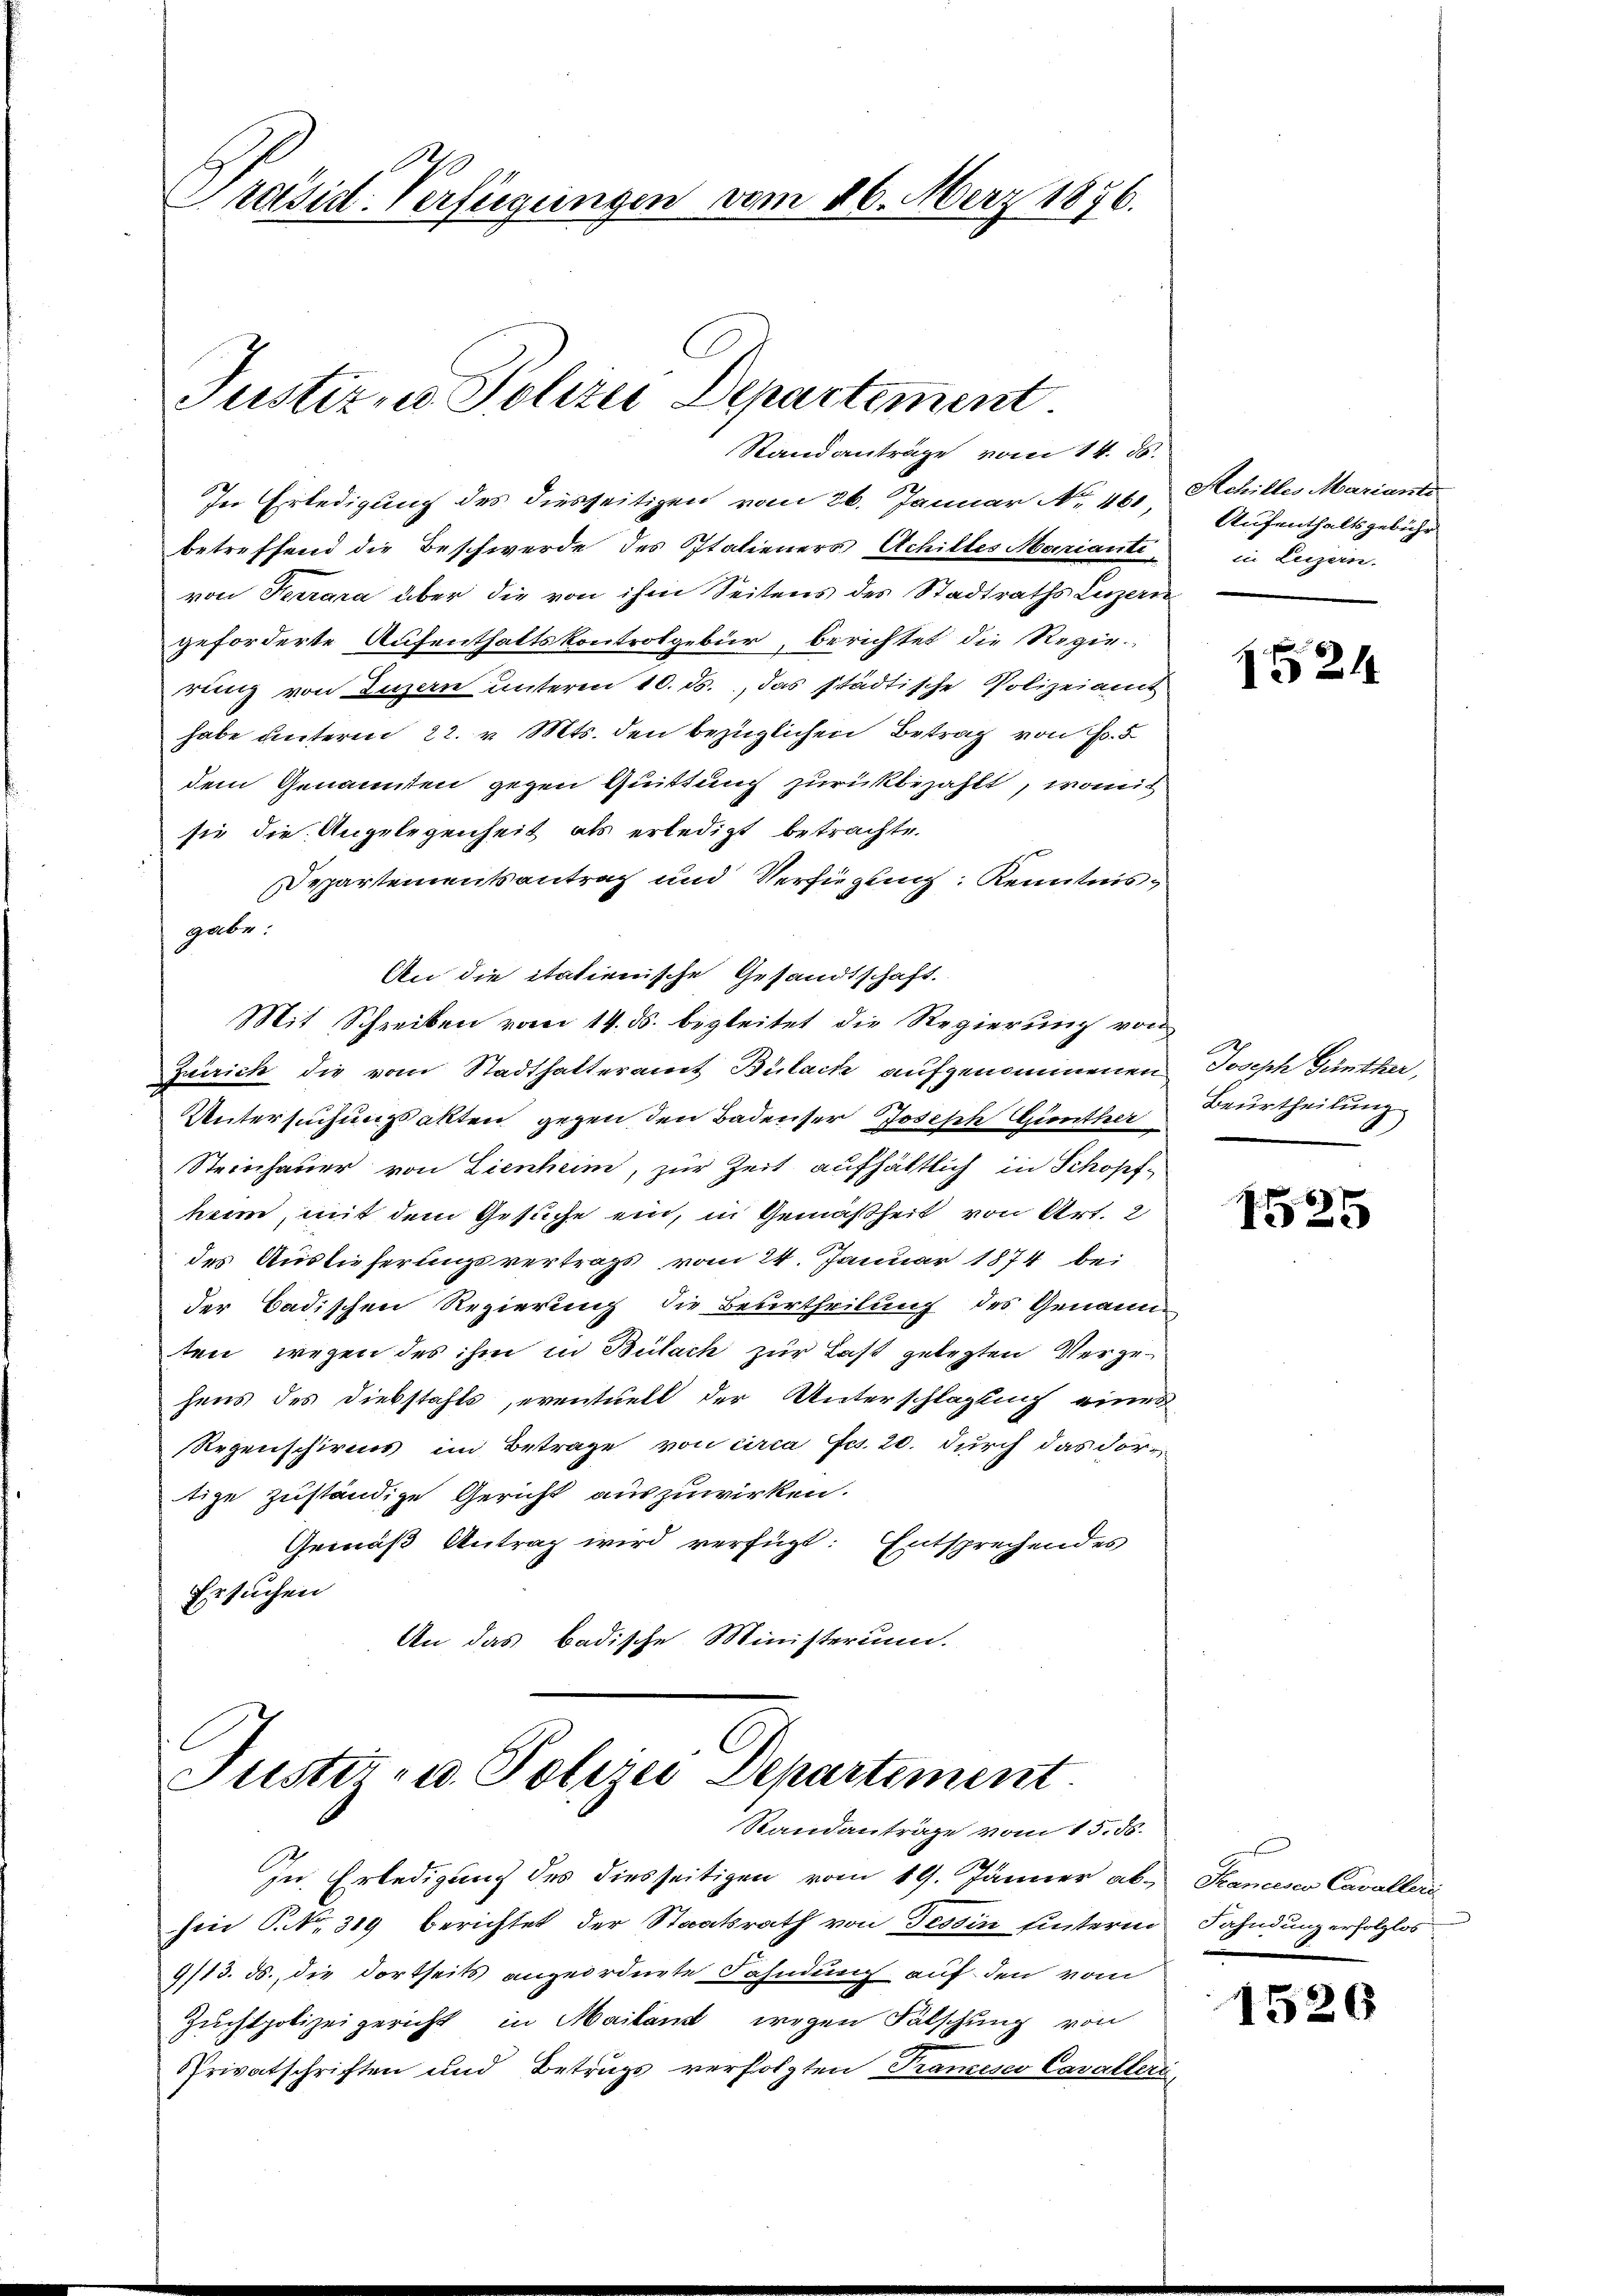
Standanträge vom 14. ds.
In Erledigung des diesseitigen vom 26. Januar No. 460, Schilles Mariante
betreffend die Beschwerde des Italieners Achilles Marianti-
von Terrara über die von ihm Seitens des Stadtraths Luzern
geforderte Aufenthaltskontrolgebür, berichtet die Regierung von Luzern unteren 10. ds., das städtische Polizeiamt
habe unterm 22. v. Mts. den bezüglichen Betrag von Fr. 5
dem Genannten gegen Quittung zurückbezahlt, womit
sie die Angelegenheit als erledigt betrachte.
Departementsantrag und Verfügung Kenntnisgabe:
An die itatienische Gesandtschaft.
Mit Schreiben vom 14. ds. begleitet die Regierung von
Zwrrich die vom Stadthalteramt Bülach aufgenommenen
Untersuchungsakten gegen den Badenser Joseph enther
Steinhauer von Lienheim, zur Zeit aufhältlich in Schopfheim, mit dem Gesuche ein, in Gemäßheit von Art. 2
des Auslieferungsvertrags vom 24. Januar 1874 bei
der Badischen Regierung die Beurtheilung des Genann
ten, wegen des ihm in Bülach zur Last gelegten Vergehens des Diebstahls, eventuell der Unterschlagung einer
Regenschires im Betrage von circa Fr. 20. durch das dortige zuständige Gericht auszuwirken.
Gemäß Antrag wird verfügt: Entsprechendes
Ersuchen
An das badische Ministerium.

Präsid. Verfügungen vom 16. März 1876.

Justiz, Polizei Departement.

Justiz- u. Polizei Departement.
Standantrage vom 15. 56.

In Erledigung des diesseitigen vom 19. Jänner ab. Scaneser Cavalleri
sin P. Nr. 319 berichtet der Staatsrath von Tessin hinterm Fahndung erfolglos
9/13. ds., die dortseits angeordnete Fahndung auf den vom
Zuchtpolizeigericht in Mailand wegen Fälschung von
Privatschriften und Betrugs verfolgten Tramesco Cavalleri

Aufenthaltsgebühr
in Luzern.

21

A
Joseph Günther,
Beurtheilung

.
6
I 25

1526